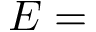
E =